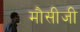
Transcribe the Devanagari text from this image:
मौसीजी